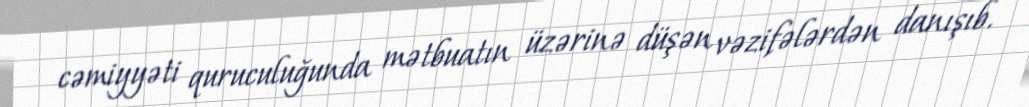
cəmiyyəti quruculuğunda mətbuatın üzərinə düşən vəzifələrdən danışıb.